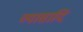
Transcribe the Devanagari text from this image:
व्यासादि